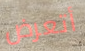
أتعرض